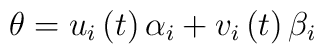
\theta = u_{i}\left(t\right)\alpha_{i} + v_{i}\left(t\right)\beta_{i}